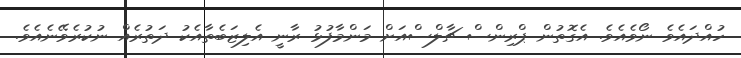
ހުއްދައެވެ ނޯވެއެވެ. އެގޮތުން ޕްރިންސް ޗާލްސްއަށް މަންމާފުޅު ރާނީ އެލިޒަބެތާއެކު ދަތުރެއް ނުކުރެވޭނެއެވެ.